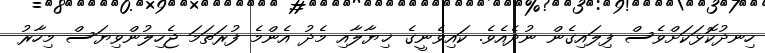
ހިނދުކޮޅަކަށްވެސް ފިލައިގެން ނުދެއެވެ. ކައިވެނީގެ ޚިޔާލާއި މެދު އެންމެ ފުރަތަމަ ޖެހިލުންވިޔަސް މިހާރު